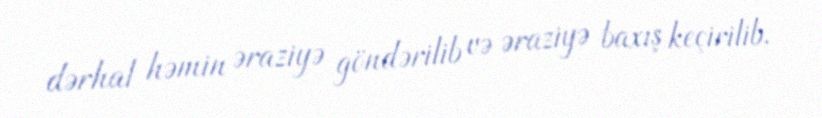
dərhal həmin əraziyə göndərilib və əraziyə baxış keçirilib.